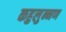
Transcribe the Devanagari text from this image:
कहुलुन्नण